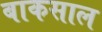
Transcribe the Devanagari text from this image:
बाकसाल